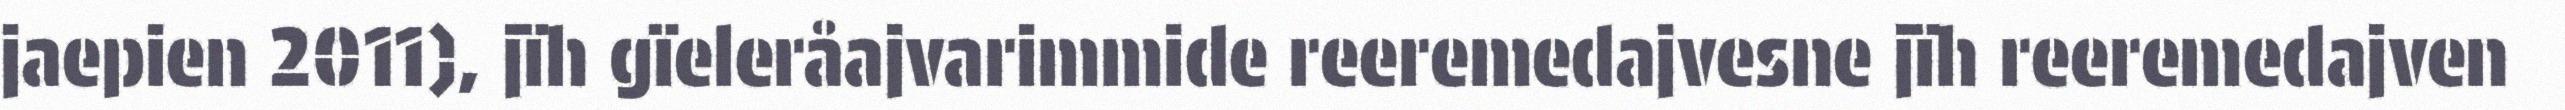
jaepien 2011), jïh gïeleråajvarimmide reeremedajvesne jïh reeremedajven